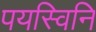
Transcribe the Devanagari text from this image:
पयस्विनि